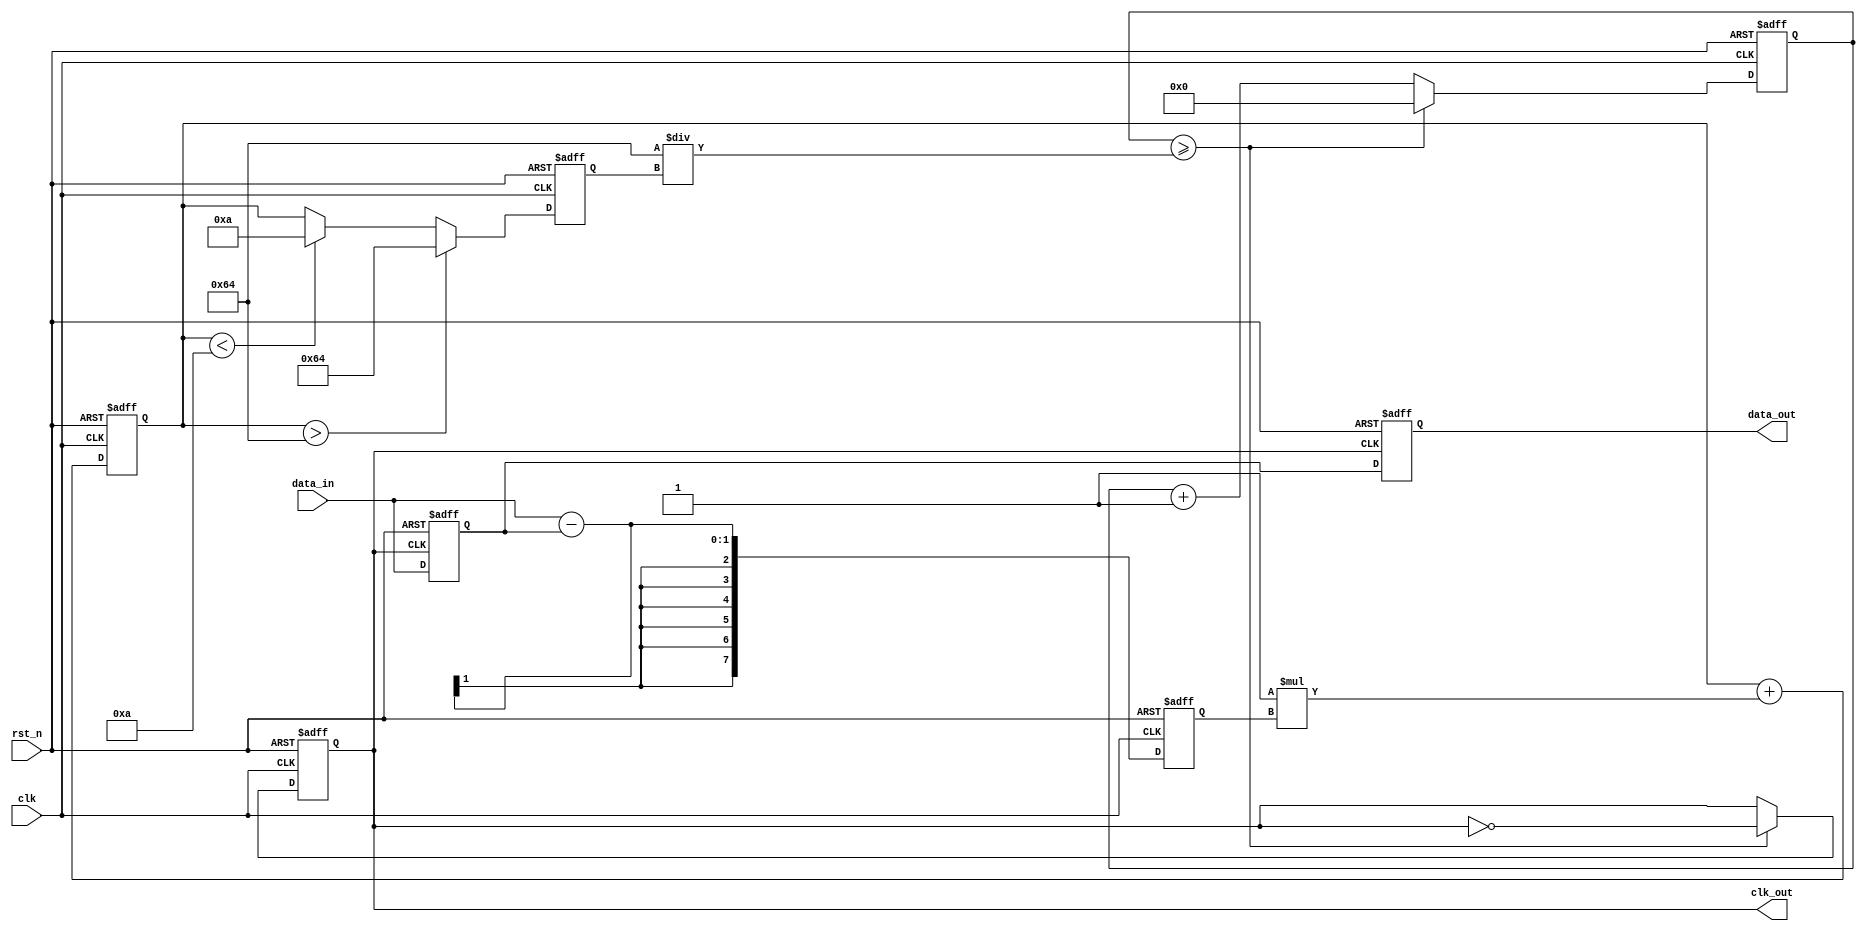
module pll_synchronizer (
    input wire clk,              // Local clock
    input wire rst_n,            // Active low reset
    input wire data_in,          // Incoming asynchronous data signal
    output reg clk_out,          // Synchronized output clock
    output reg data_out          // Synchronized output data
);

    // Parameters
    parameter integer VCO_MAX_FREQ = 100; // Maximum frequency for VCO
    parameter integer VCO_MIN_FREQ = 10;   // Minimum frequency for VCO
    parameter integer LOOP_FILTER_GAIN = 1; // Gain for loop filter

    // Internal signals
    reg [7:0] phase_error;        // Phase error signal
    reg [7:0] loop_filter;         // Output of the loop filter
    reg [7:0] vco_freq;            // Frequency of VCO
    reg [7:0] vco_counter;         // VCO counter for clock generation

    // Phase Detector (PD)
    always @(posedge clk or negedge rst_n) begin
        if (!rst_n) begin
            phase_error <= 0;
        end else begin
            // Simple PD: Compare data_in with a delayed version of itself
            phase_error <= {7'b0, data_in} - {7'b0, data_in_d}; // Phase difference
        end
    end

    // Loop Filter (LF)
    always @(posedge clk or negedge rst_n) begin
        if (!rst_n) begin
            loop_filter <= 0;
        end else begin
            // Simple first-order filter
            loop_filter <= loop_filter + LOOP_FILTER_GAIN * phase_error;
        end
    end

    // Voltage-Controlled Oscillator (VCO)
    always @(posedge clk or negedge rst_n) begin
        if (!rst_n) begin
            vco_freq <= VCO_MIN_FREQ;
            vco_counter <= 0;
            clk_out <= 0;
        end else begin
            // Adjust VCO frequency based on loop filter output
            vco_freq <= (loop_filter > VCO_MAX_FREQ) ? VCO_MAX_FREQ :
                        (loop_filter < VCO_MIN_FREQ) ? VCO_MIN_FREQ : loop_filter;

            // VCO clock generation
            vco_counter <= vco_counter + 1;
            if (vco_counter >= (100 / vco_freq)) begin
                clk_out <= ~clk_out; // Toggle output clock
                vco_counter <= 0;
            end
        end
    end

    // Data Synchronization
    reg data_in_d; // Delayed data input for synchronization
    always @(posedge clk_out or negedge rst_n) begin
        if (!rst_n) begin
            data_out <= 0;
            data_in_d <= 0;
        end else begin
            data_in_d <= data_in; // Delay input data
            data_out <= data_in_d; // Sample data on output clock
        end
    end

endmodule